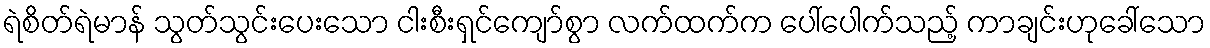
ရဲစိတ်ရဲမာန် သွတ်သွင်းပေးသော ငါးစီးရှင်ကျော်စွာ လက်ထက်က ပေါ်ပေါက်သည့် ကာချင်းဟုခေါ်သော